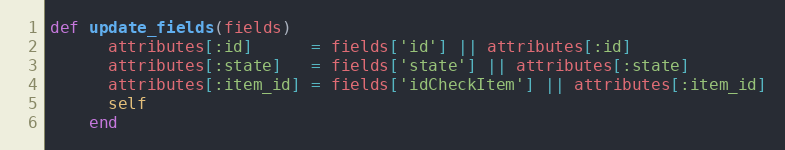
Language: Ruby
def update_fields(fields)
      attributes[:id]      = fields['id'] || attributes[:id]
      attributes[:state]   = fields['state'] || attributes[:state]
      attributes[:item_id] = fields['idCheckItem'] || attributes[:item_id]
      self
    end